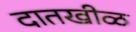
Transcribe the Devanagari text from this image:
दातखीळ